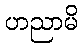
ဟညာမိ